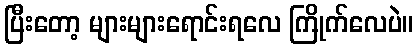
ပြီးတော့ များများရောင်းရလေ ကြိုက်လေပဲ။